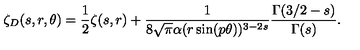
\zeta _ { D } ( s , r , \theta ) = \frac { 1 } { 2 } \zeta ( s , r ) + \frac { 1 } { 8 \sqrt \pi \alpha ( r \sin ( p \theta ) ) ^ { 3 - 2 s } } \frac { \Gamma ( 3 / 2 - s ) } { \Gamma ( s ) } { . }